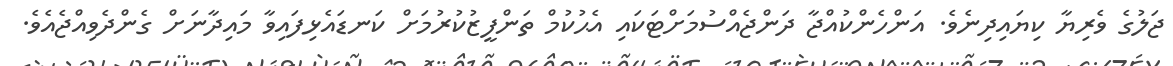
ޖަލުގެ ވެރިޔާ ކިޔައިދިނެވެ. އަންހެންކުއްޖާ ދަންޖެއްސުމަށްޓަކައި އެޙުކުމް ތަންފީޒުކުރުމަށް ކަނޑައެޅިފައިވާ މައިދާނަށް ގެންދެވިއްޖެއެވެ.